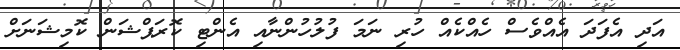
އަދި އެފަދަ އެއްވެސް ހެއްކެއް ހުރި ނަމަ ފުލުހުންނާއި އެންޓި ކޮރަޕްޝަން ކޮމިޝަނަށް